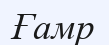
Ғамр